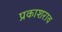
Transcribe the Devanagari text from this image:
प्रकाशराव